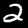
Label: 2